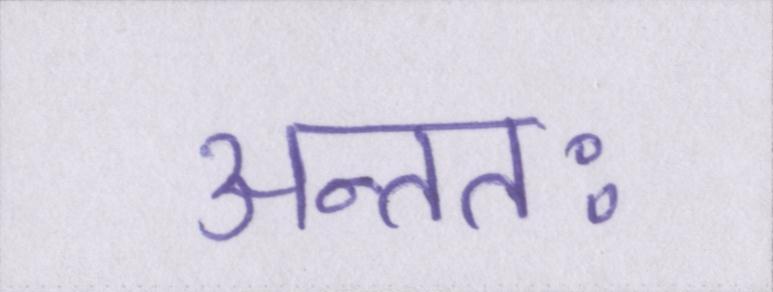
अन्ततः